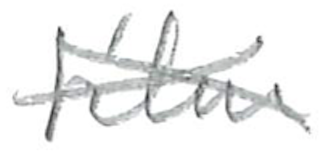
Text: film
Cross-out: cross
Writing tool: pencil